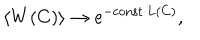
\left< W ( C ) \right> \to \mathrm { e } ^ { - \mathrm { c o n s t } \cdot L ( C ) } ,